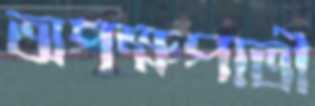
অপক্ষপাতী